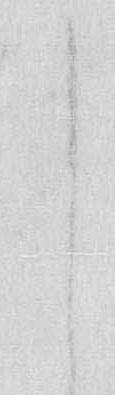
し